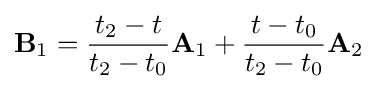
\mathbf {B} _{1}={\frac {t_{2}-t}{t_{2}-t_{0}}}\mathbf {A} _{1}+{\frac {t-t_{0}}{t_{2}-t_{0}}}\mathbf {A} _{2}